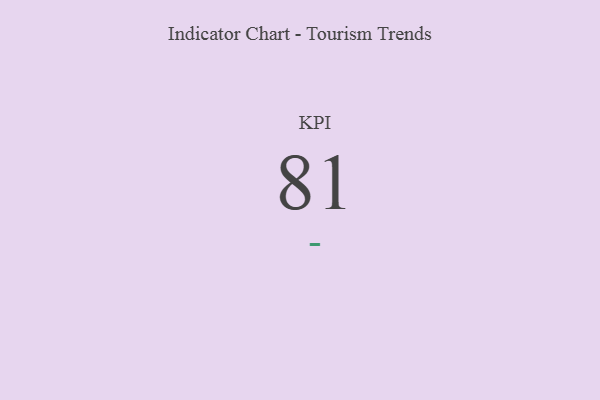
{"axis": {"x": "KPI", "y": "Value"}, "legend": [""], "data": [{"x": "KPI", "y": 81, "type": ""}]}